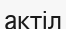
актіл